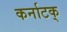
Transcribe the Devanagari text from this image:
कर्नाटक्